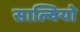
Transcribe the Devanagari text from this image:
साल्वियो